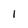
Character: 1